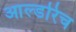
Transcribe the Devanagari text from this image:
आल्डरिच